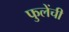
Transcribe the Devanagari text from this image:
फुलेंची